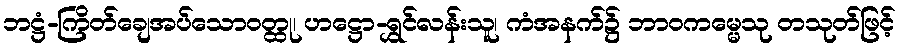
ဘဋ္ဌံ-ကြိတ်ချေအပ်သောဝတ္ထု၊ ဟဋ္ဌော-ရွှင်လန်းသူ၊ ကံအနက်၌ ဘာဝကမ္မေသု တသုတ်ဖြင့်